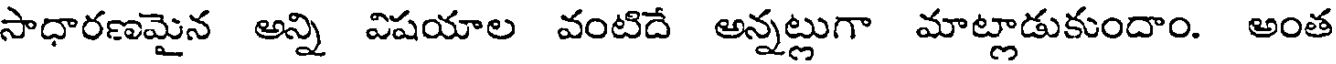
సాధారణమైన అన్ని విషయాల వంటిదే అన్నట్లుగా మాట్లాడుకుందాం. అంత